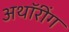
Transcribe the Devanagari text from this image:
अथॉरींग